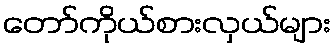
တော်ကိုယ်စားလှယ်များ